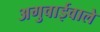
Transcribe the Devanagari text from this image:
अगुवाईवाले